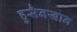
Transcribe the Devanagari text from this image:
हुसैनखान